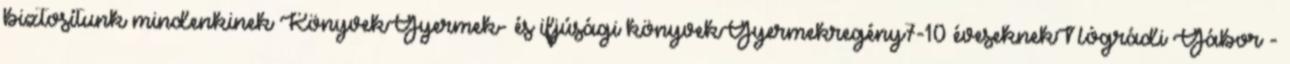
biztosítunk mindenkinek KönyvekGyermek- és ifjúsági könyvekGyermekregény7-10 éveseknekNógrádi Gábor -